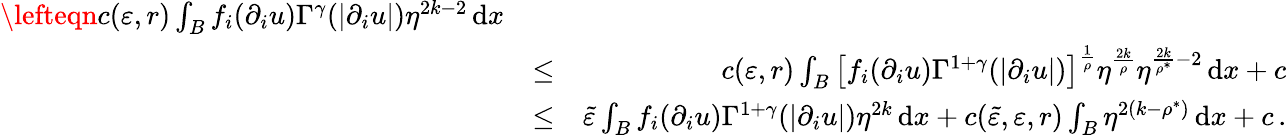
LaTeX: \begin{array}{rlr}{\lefteqn{c(\varepsilon,r)\int_{B}f_{i}(\partial_{i}u)\Gamma^{\gamma}(|\partial_{i}u|)\eta^{2k-2}\, \mathrm{d}x}}\\ &{\leq}&{c(\varepsilon,r)\int_{B}\big[f_{i}(\partial_{i}u)\Gamma^{1+\gamma}(|\partial_{i}u|)\big]^{\frac{1}{\rho}}\eta^{\frac{2k}{\rho}}\eta^{\frac{2k}{\rho^{*}}-2}\, \mathrm{d}x+c}\\ &{\leq}&{\tilde{\varepsilon}\int_{B}f_{i}(\partial_{i}u)\Gamma^{1+\gamma}(|\partial_{i}u|)\eta^{2k}\, \mathrm{d}x+c(\tilde{\varepsilon},\varepsilon,r)\int_{B}\eta^{2(k-\rho^{*})}\, \mathrm{d}x+c\, .}\end{array}